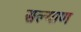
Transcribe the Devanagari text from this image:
सल्याण